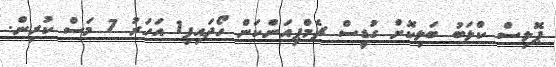
ޕޮލިސް ކްލަބު ބަލިކޮށް ގުޑީސް ޗެމްޕިއަންކަން ހޯދައިފި1 އަހަރު 7 މަސް ކުރިން.